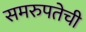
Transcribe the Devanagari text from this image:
समरुपतेची